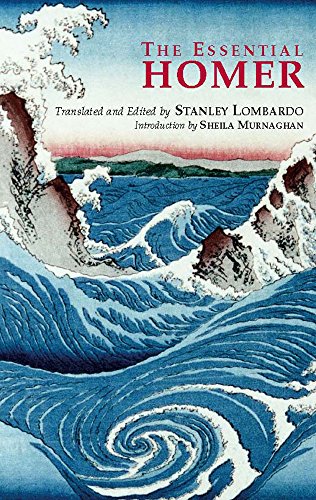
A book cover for The Essential Homer (Hackett Classics); Homer; Literature & Fiction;